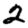
Digit: 2